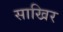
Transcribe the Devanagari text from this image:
साखिर